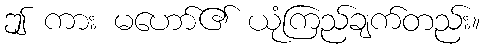
ဤ ကား မဟော်၏ ယုံကြည်ချက်တည်း။